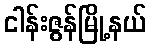
ငါန်းဇွန်မြို့နယ်